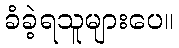
ခံခဲ့ရသူများပေ။